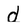
Character: d